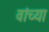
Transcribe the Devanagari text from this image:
वांच्या